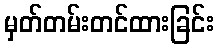
မှတ်တမ်းတင်ထားခြင်း